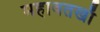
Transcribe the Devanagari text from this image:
महावतखाँ